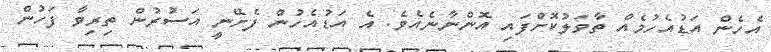
އެހެން އަޑުއެހުމެއް ތާވަލުކޮށްފައި އޮންނާނެއެވެ. އެ އަޑުއެހުން ފެށޭނީ އަސުރުން ތިރިވާ ފަހުން